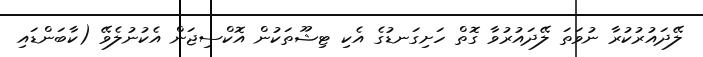
ލޭދައުރުކުރާ ނުވަތަ ލޭދައުރުވާ ގޮތް ހަށިގަނޑުގެ އެކި ޓިޝޫތަކުން އޮކްސިޖަން އެކުނުލެވޭ (ކާބަންޑައި